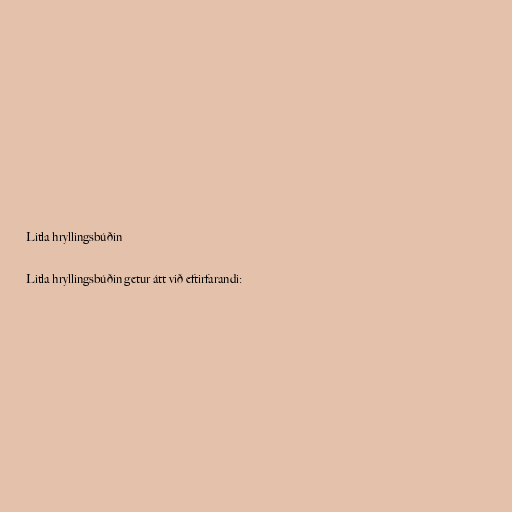
Litla hryllingsbúðin

Litla hryllingsbúðin getur átt við eftirfarandi: